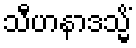
သီဟနာဒသ္မိံ